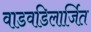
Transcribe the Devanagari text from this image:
वाडवडिलार्जित